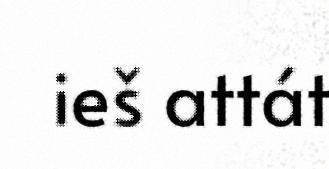
ieš attát